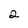
Character: 2